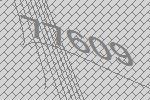
77609